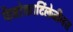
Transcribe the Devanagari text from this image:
फैब्रोकार्टिलेजीनस